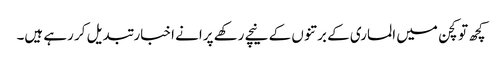
کچھ تو کچن میں الماری کے برتنوں کے نیچے رکھے پرانے اخبار تبدیل کر رہے ہیں۔